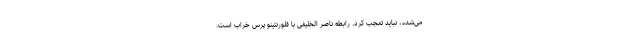
می‌شده، نباید تعجب کرد. رابطه ناصر الخلیفی با فلورنتینو پرس خراب است.